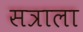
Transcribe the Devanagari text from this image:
सत्राला